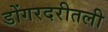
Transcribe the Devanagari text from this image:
डोंगरदरीतली